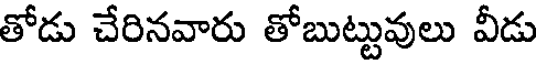
తోడు చేరినవారు తోబుట్టువులు వీడు